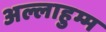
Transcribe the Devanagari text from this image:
अल्लाहुम्म